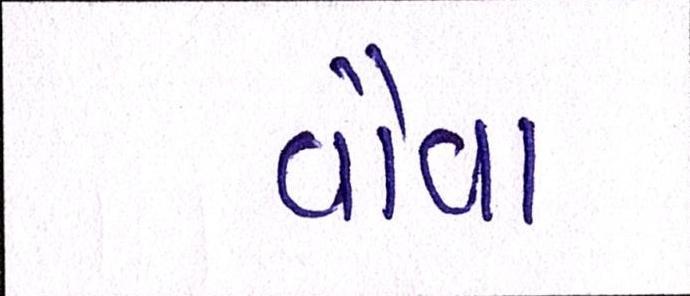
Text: વૌવા